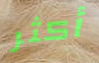
أكثر